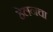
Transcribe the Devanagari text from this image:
हेलनचा